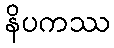
နိပကဿ